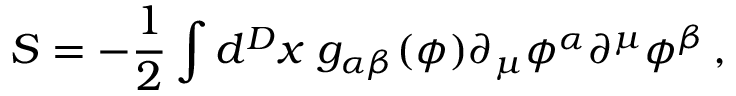
S = - \frac 1 2 \int d ^ { D } x \; g _ { \alpha \beta } ( \phi ) \partial _ { \mu } \phi ^ { \alpha } \partial ^ { \mu } \phi ^ { \beta } \, ,